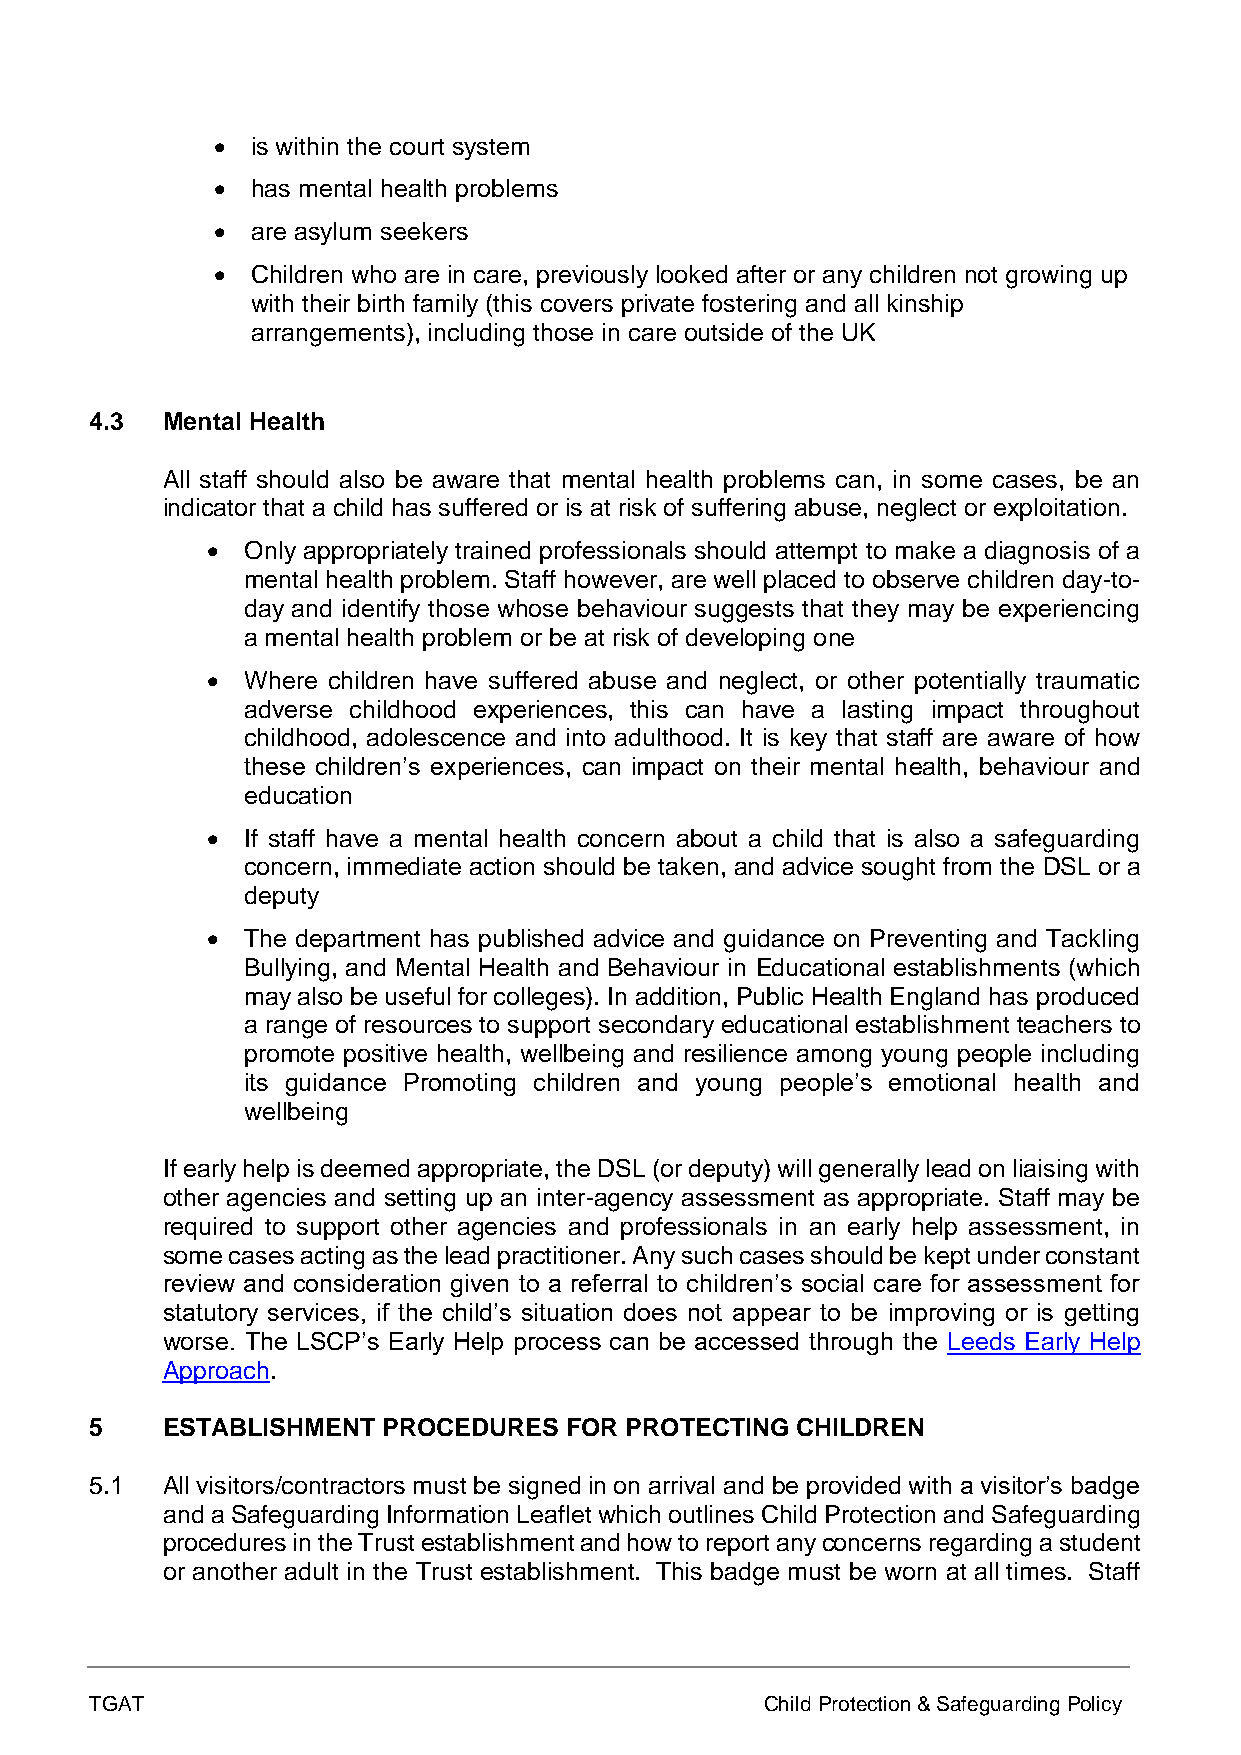
•  is within the court system
 •  has mental health problems
 •  are asylum seekers
 •  Children who are in care, previously looked after or any children not growing up
 with their birth family (this covers private fostering and all kinship
 arrangements), including those in care outside of the UK
 4.3  Mental Health
 All staff should also be aware that mental health problems can, in some cases, be an
 indicator that a child has suffered or is at risk of suffering abuse, neglect or exploitation.
 • Only appropriately trained professionals should attempt to make a diagnosis of a
 mental health problem. Staff however, are well placed to observe children day-to-
 day and identify those whose behaviour suggests that they may be experiencing
 a mental health problem or be at risk of developing one
 • Where children have suffered abuse and neglect, or other potentially traumatic
 adverse childhood experiences, this can have a lasting impact throughout
 childhood, adolescence and into adulthood. It is key that staff are aware of how
 these children’s experiences, can impact on their mental health, behaviour and
 education
 • If staff have a mental health concern about a child that is also a safeguarding
 concern, immediate action should be taken, and advice sought from the DSL or a
 deputy
 • The department has published advice and guidance on Preventing and Tackling
 Bullying, and Mental Health and Behaviour in Educational establishments (which
 may also be useful for colleges). In addition, Public Health England has produced
 a range of resources to support secondary educational establishment teachers to
 promote positive health, wellbeing and resilience among young people including
 its guidance Promoting children and young people’s emotional health and
 wellbeing
 If early help is deemed appropriate, the DSL (or deputy) will generally lead on liaising with
 other agencies and setting up an inter-agency assessment as appropriate. Staff may be
 required to support other agencies and professionals in an early help assessment, in
 some cases acting as the lead practitioner. Any such cases should be kept under constant
 review and consideration given to a referral to children’s social care for assessment for
 statutory services, if the child’s situation does not appear to be improving or is getting
 worse. The LSCP’s Early Help process can be accessed through the Leeds Early Help
 Approach.
 5    ESTABLISHMENT PROCEDURES  FOR PROTECTING  CHILDREN
 5.1  All visitors/contractors must be signed in on arrival and be provided with a visitor’s badge
 and a Safeguarding Information Leaflet which outlines Child Protection and Safeguarding
 procedures in the Trust establishment and how to report any concerns regarding a student
 or another adult in the Trust establishment. This badge must be worn at all times. Staff
 TGAT                                         Child Protection & Safeguarding Policy